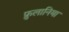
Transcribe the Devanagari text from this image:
फ्रुलानिया